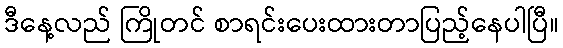
ဒီနေ့လည် ကြိုတင် စာရင်းပေးထားတာပြည့်နေပါပြီ။